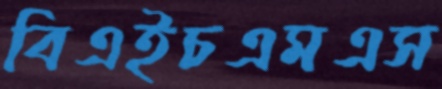
বিএইচএমএস